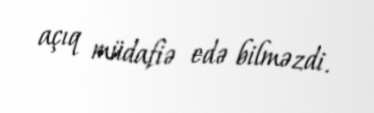
açıq müdafiə edə bilməzdi.